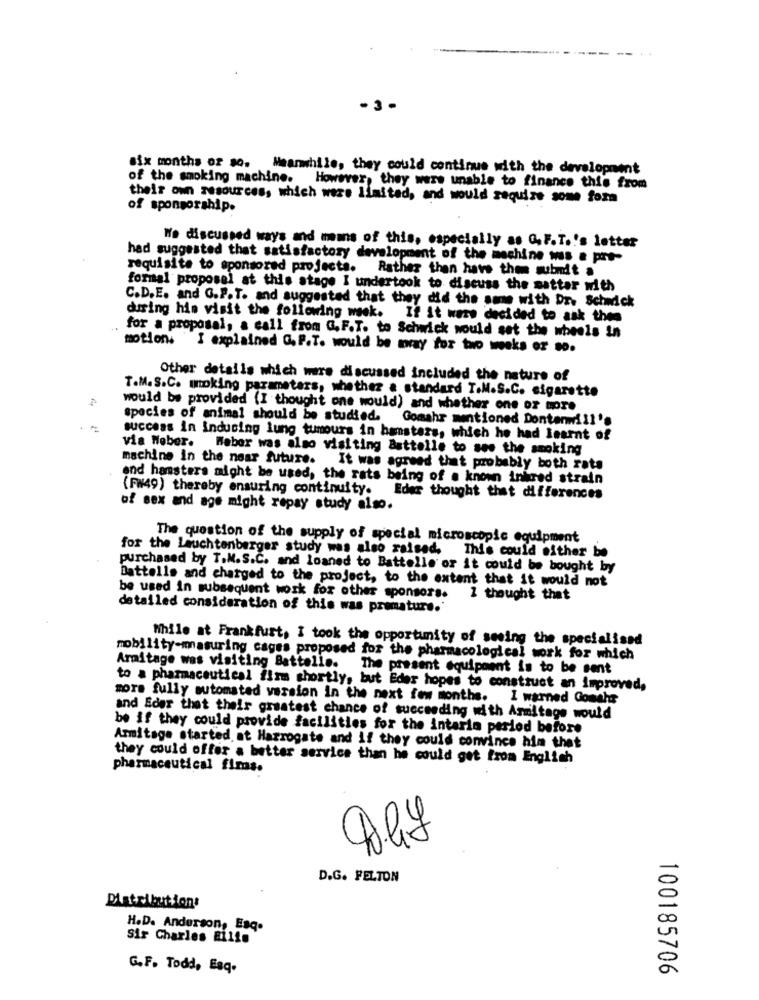
. 3.
Six months or so. Meanwhile, they could continue with the development
of the smoking machine. H
wever, they were unable to finance this from
their own resources, which were limited, and would require some form
of sponsorship.
We discussed ways and means of this, especially as G.F.T.'s letter
had suggested that satisfactory development of the machine was a pre-
requisite to sponsored projects. Rather than have them submit a
formal proposel at this stage I undertook to discuss the matter with
C.D.E. and G.P.T. and suggested that they did the same with Dr. Schwick
during his visit the following week. If it were decided to ask them
for a proposal, a call from G. F.T. to Schwick would set the wheels in
motion. I explained G. P.T. would be my for two weeks or .o.
Other details which were discussed included the nature of
T.M. S.C. moking parameters, whether a standard T.M.S.C. sigarette
would be provided (I thought one would) and whether one or more
species of animal should be studied.
Gomahr mentioned Dontenill's
via Weber.
success in inducing lung tumours in hamsters, which he had learnt of
Weber was also visiting Battelle to see the smoking
machine in the near future. It was agreed that probably both rata
and hamsters might be used, the rats being of a known infred strain
(FW49) thereby ensuring continuity.
Eder thought that differences
of sex and age might repay study also.
The question of the supply of special microscopic equipment
for the Leuchtenberger study was also raised.
This could either be
purchased by T.M.S.C. and loaned to Battelle or it could be bought by
Battelle and charged to the project, to the extent that it would not
be used in subsequent work for other sponsors.
2 thought that
detailed consideration of this was premature.'
While at Frankfurt, I took the opportunity of seeing the specialised
mobility-masuring cages proposed for the pharmacological work for which
Armitage was visiting Battello.
The present equipment is to be sent
to a pharmaceutical firm shortly, but Eder hopes to construct an improved,
more fully automated version in the next few months. I warned Gomahr
and Eder that their greatest chance of succeeding with Armitage would
be if they could provide facilities for the intaria period before
Armitage started at Harrogate and if they could convince him that
they could offer a better service than he could get from English
pharmaceutical fims.
D.G. FELTON
Distributions
H.D. Anderson, Esq.
Sir Charles Bilis
G.F. Todd, Esq.
100185706